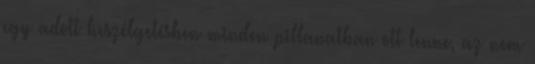
egy adott beszélgetésben minden pillanatban ott lenne, az nem